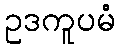
ဥဒကူပမံ